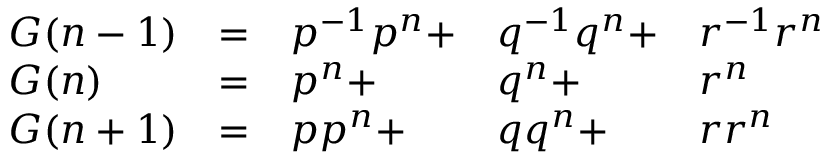
\begin{array} { l l l l l } { G ( n - 1 ) } & { = } & { p ^ { - 1 } p ^ { n } + } & { q ^ { - 1 } q ^ { n } + } & { r ^ { - 1 } r ^ { n } } \\ { G ( n ) } & { = } & { p ^ { n } + } & { q ^ { n } + } & { r ^ { n } } \\ { G ( n + 1 ) } & { = } & { p p ^ { n } + } & { q q ^ { n } + } & { r r ^ { n } } \end{array}